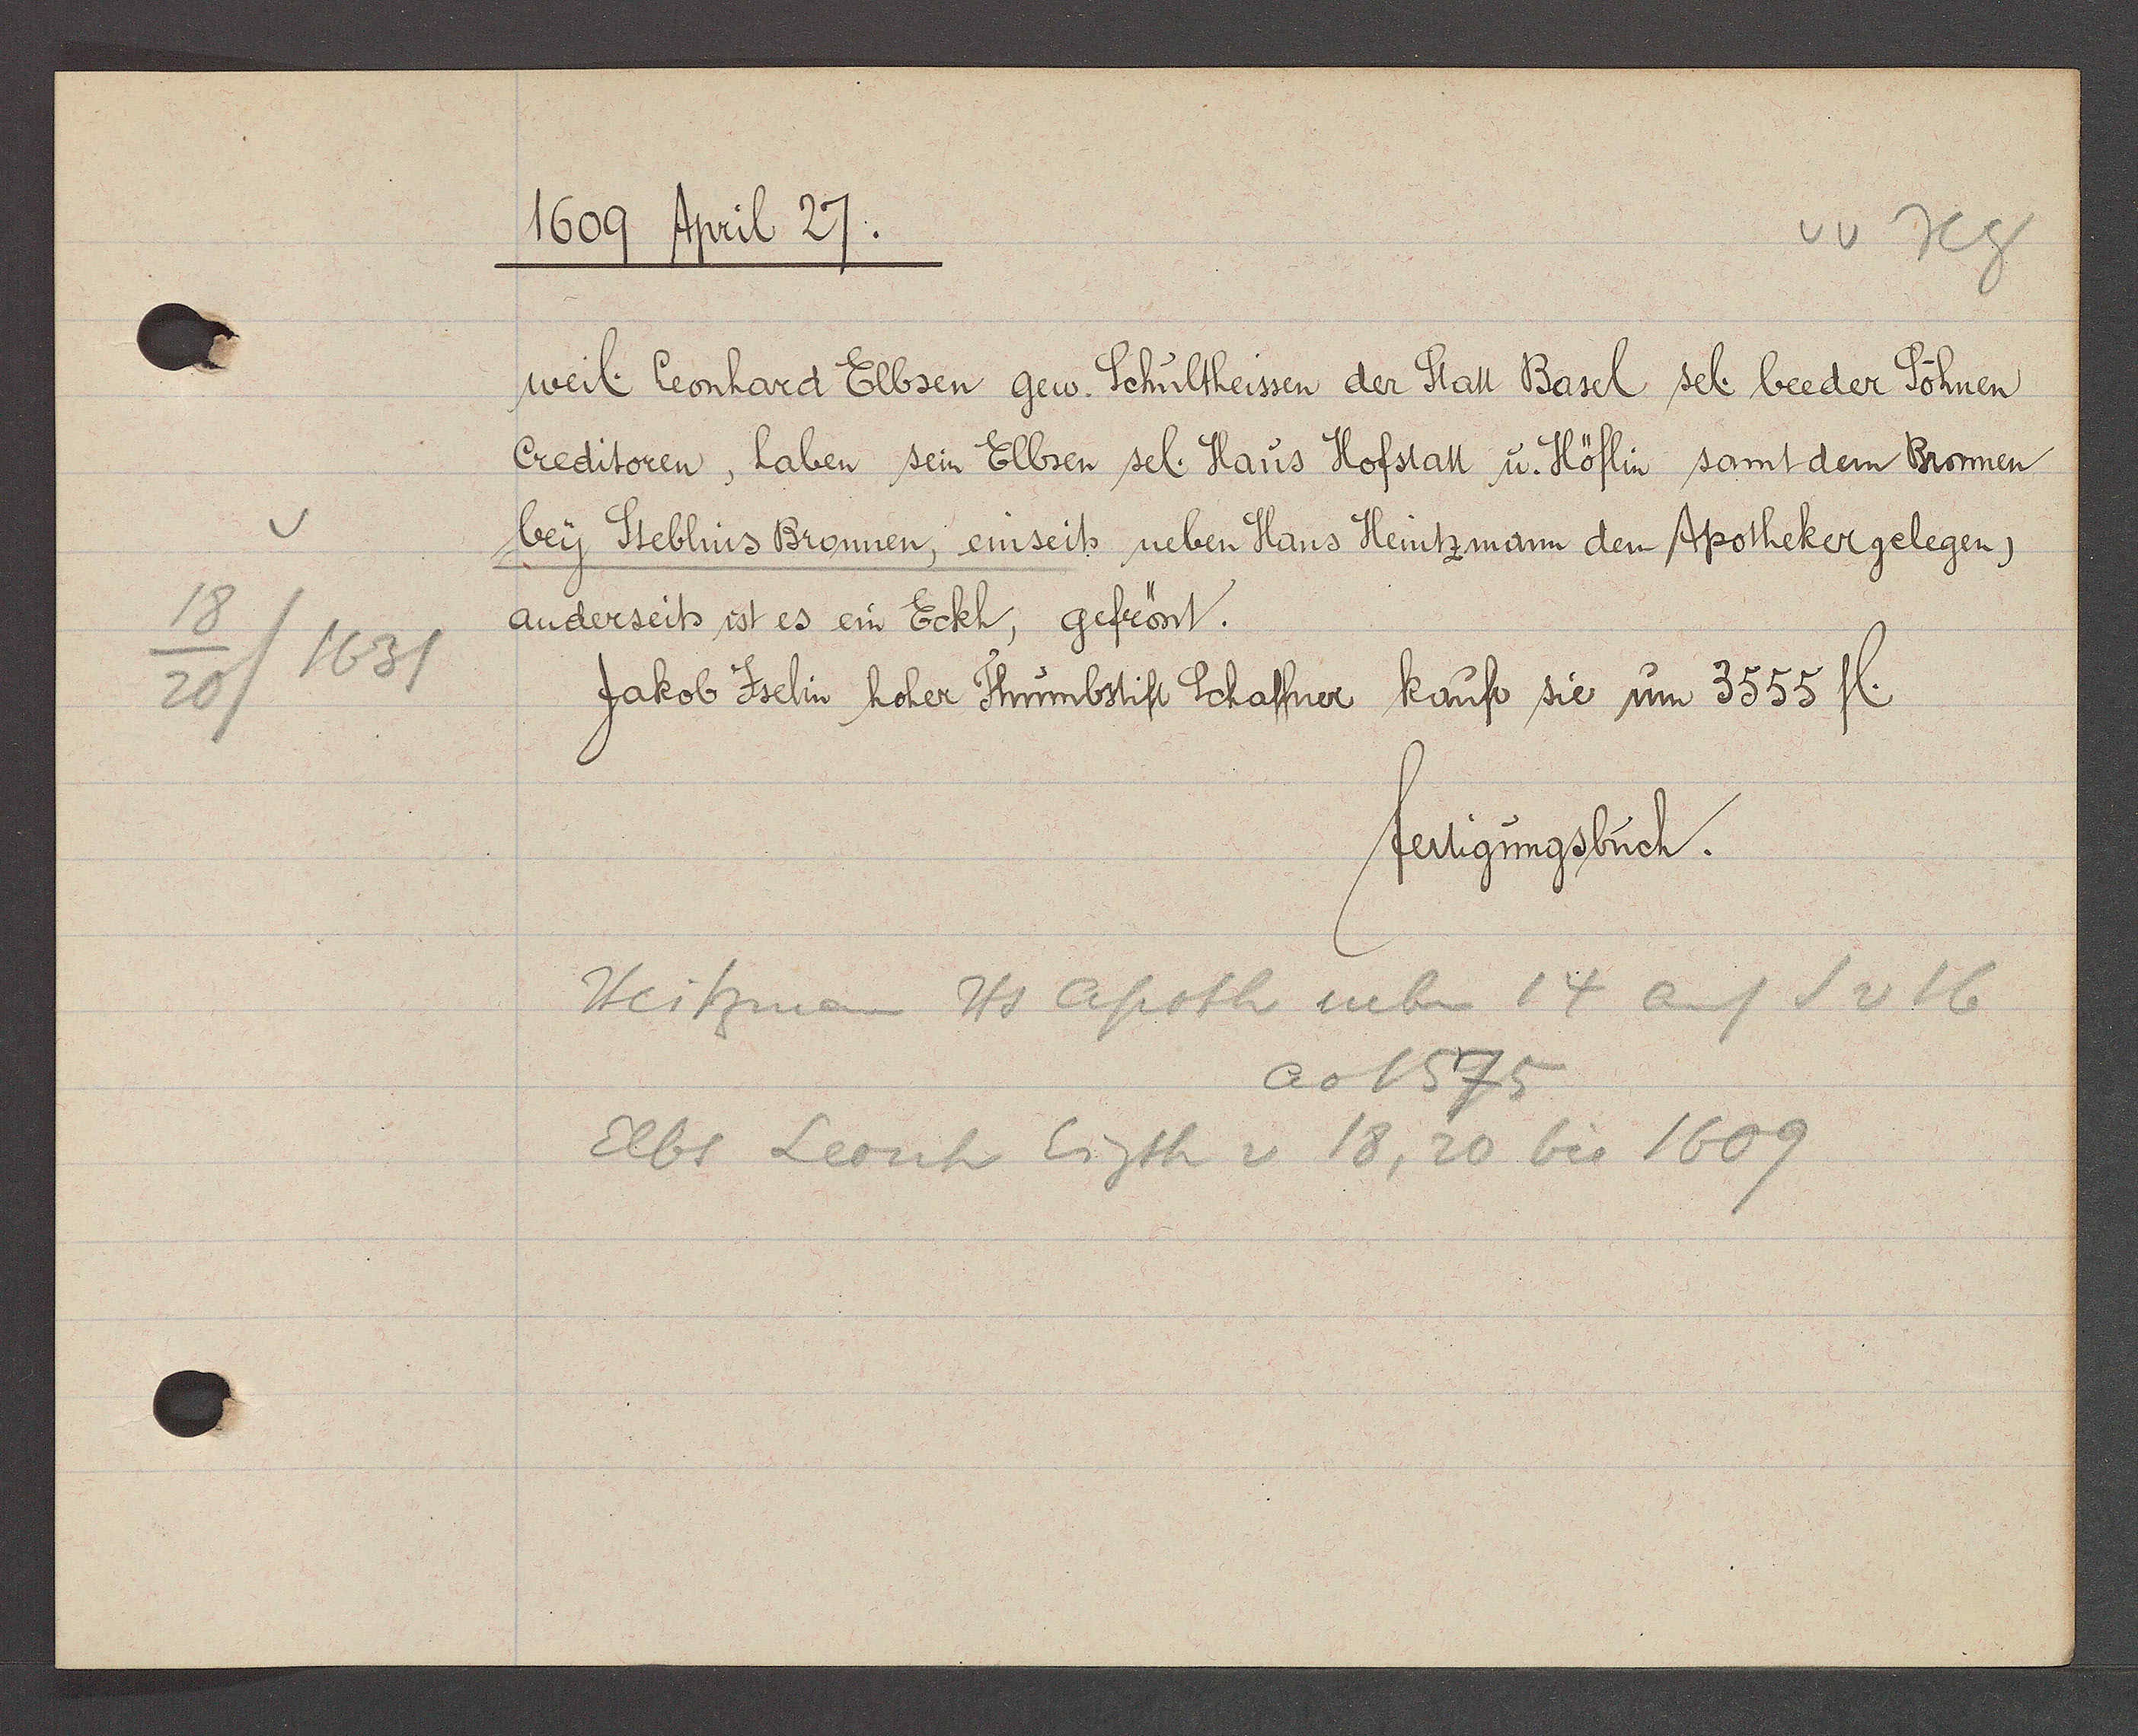
Transcript:
18
20/1631

1609 April 27.

weil. Leonhard Elbsen gew. Schultheissen der Statt Basel sel. beeder Söhnen
Creditoren, haben sein Elbsen sel. Haus Hofstatt u. Höflin samt dem Bronnen
bey Steblins Bronnen, einseits neben Hans Heintzmann dem Apotheker gelegen,
anderseits ist es ein Eckh, gefrönt.
Jakob Jselin hoher Thumbstift Schaffner kauft sie um 3555 fl.

fertigungsbuch.

Heitzmann Hs apoth neben 14 auf S v 16
ao 1575
Elbs Leonh Eigth v 18, 20 bis 1609